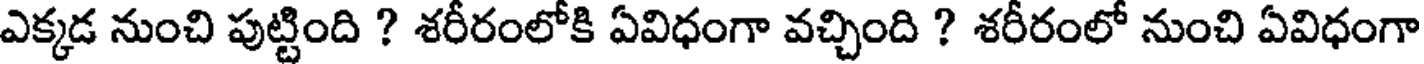
ఎక్కడ నుంచి పుట్టింది ? శరీరంలోకి ఏవిధంగా వచ్చింది ? శరీరంలో నుంచి ఏవిధంగా